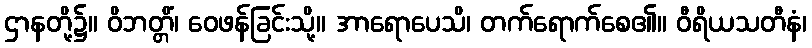
ဌာနတို့၌။ ဝိဘတ္တိံ၊ ဝေဖန်ခြင်းသို့။ အာရောပေသိ၊ တက်ရောက်စေ၏။ ဝီရိယသတီနံ၊